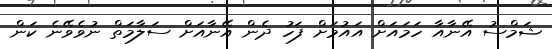
ޝަމްސު އޭނާއާ ހަމައަށް އައުމަށް ފަހު ދެން އޭނާއަށް ސަލާމަތް ނުވެވޭނެ ކަން